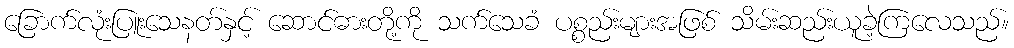
ခြောက်လုံးပြူးသေနတ်နှင့် ဆောင်ဓားတို့ကို သက်သေခံ ပစ္စည်းများအဖြစ် သိမ်းဆည်းယူခဲ့ကြလေသည်။